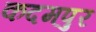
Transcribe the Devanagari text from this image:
कदमपुर